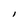
Character: l